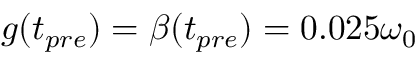
g ( t _ { p r e } ) = \beta ( t _ { p r e } ) = 0 . 0 2 5 \omega _ { 0 }